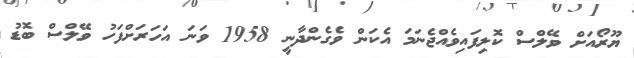
ޔޫރޯއަށް ވޭލްސް ކޮލިފައިވެއްޖެނަމަ އެކަން ވެގެންދާނީ 1958 ވަނަ އަހަރަށްފަހު ވޭލްސް ބޮޑު